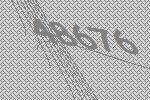
48676